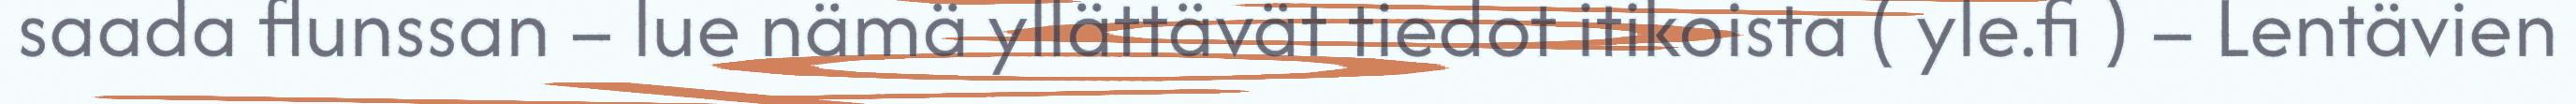
saada flunssan – lue nämä yllättävät tiedot itikoista ( yle.fi ) – Lentävien